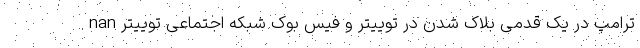
nan ترامپ در یک قدمی بلاک شدن در توییتر و فیس بوک شبکه اجتماعی توییتر